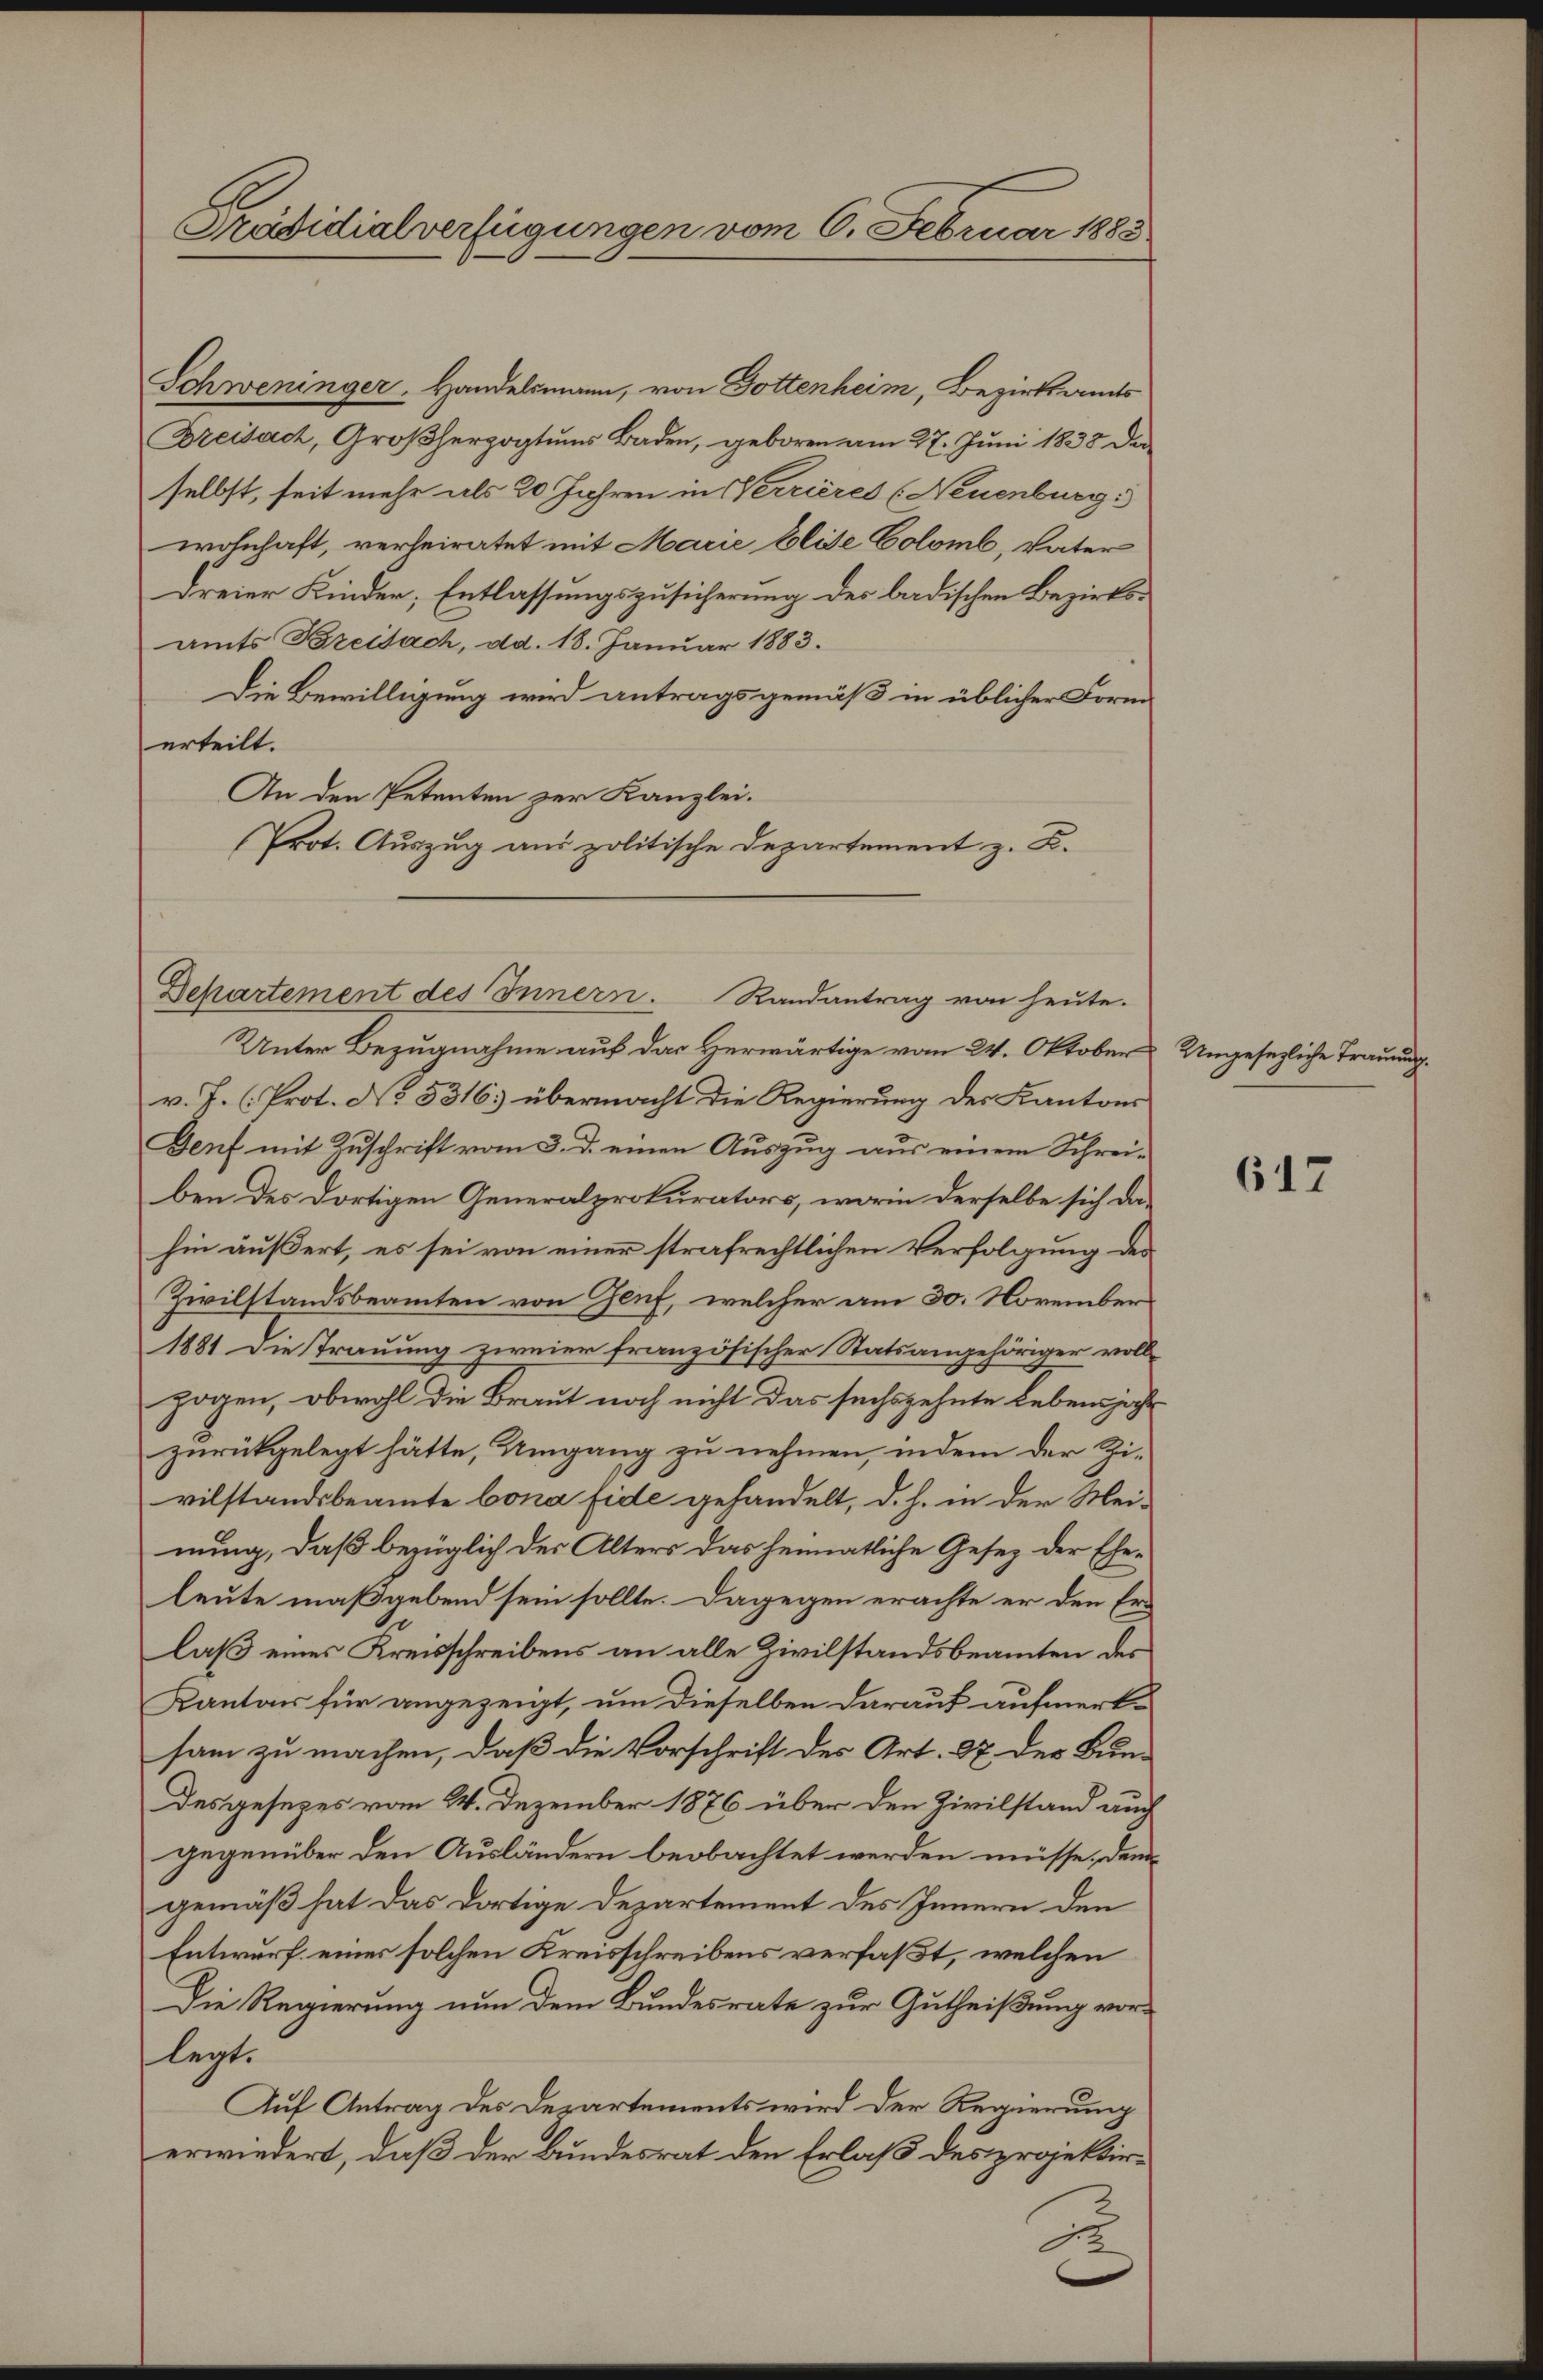
Präsidialverfügungen vom 6. Februar 1883

Schweninger, Handelsmann, von Dottenheim, Bezirksamts
Breisach, Großherzogtums Baden, geboren am 27. Juni 1838 de
selbst, seit mehr als 20 Jahren in Nerrieres (Neuenburg
wohnhaft, verheiratet mit Marie Elise Colomb, Vater
Dreier Kinder, Entlassungszusicherung des badischen Bezirksamts Breisach, dd. 18. Januar 1883.
Die Bewilligung wird antragsgemäß in üblicher Form
erteilt.
An den Petenten zur Kanzlei.
Prot. Auszug aus politische Departement z. B.
Unter Bezugnahme auf das Herwärtige vom 24. Oktober Ungesezliche Trauung
v. J. (Prot. No 5316. übermacht die Regierung des Kantons
Genf mit Zŭschrift vom 3. d. einen Aŭszŭg aŭs einem Schrei-
ben des dortigen Generalprokurators, worin derselbe sich dahin äußert, es sei von einer strafrechtlichen Verfolgung der
Zivilstandsbeamten von Genf, welcher am 30. November
1881 die Trauung zweier französischer Statsangehöriger voll-
zogen, obwohl die Braut noch nicht das sechszehnte Lebensjahr
zurückgelegt hätte, Umgang zu nehmen, indem der Zivilstandsbeamte bona fide gehandelt, d. h. in der Mei-
nung, daß bezüglich der Alters das heimatliche Gesetz der Eheleute maßgebend sein sollte. Dagegen erachte er den Erlaß eines Kreisschreibens an alle Zivilstandsbeamten des
Kanton für angezeigt, um dieselben darauf aufmerk-
sam zu machen, daß die Vorschrift des Art. 27 der Bun-
Des gesezes vom 24. Dezember 1876 über den Zivilstand auch
gegenüber den Ausländern beobachtet werden müsse, dem
gemäß hat das dortige Departement des Innern den
Entwurf eines solchen Kreisschreibens verfaßt, welchen
Die Regierung nun dem Bundesrate zur Gutheißung vorlegt.
Auf Antrag des Departements wird der Regierung
erwiedert, daß der Bundesrat den Erlaß des projektir¬

Departement des Innern. Randantrag von heute.

617